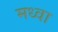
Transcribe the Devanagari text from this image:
मध्वा